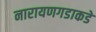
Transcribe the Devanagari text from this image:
नारायणगडाकडे